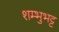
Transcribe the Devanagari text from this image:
शम्भुभट्ट